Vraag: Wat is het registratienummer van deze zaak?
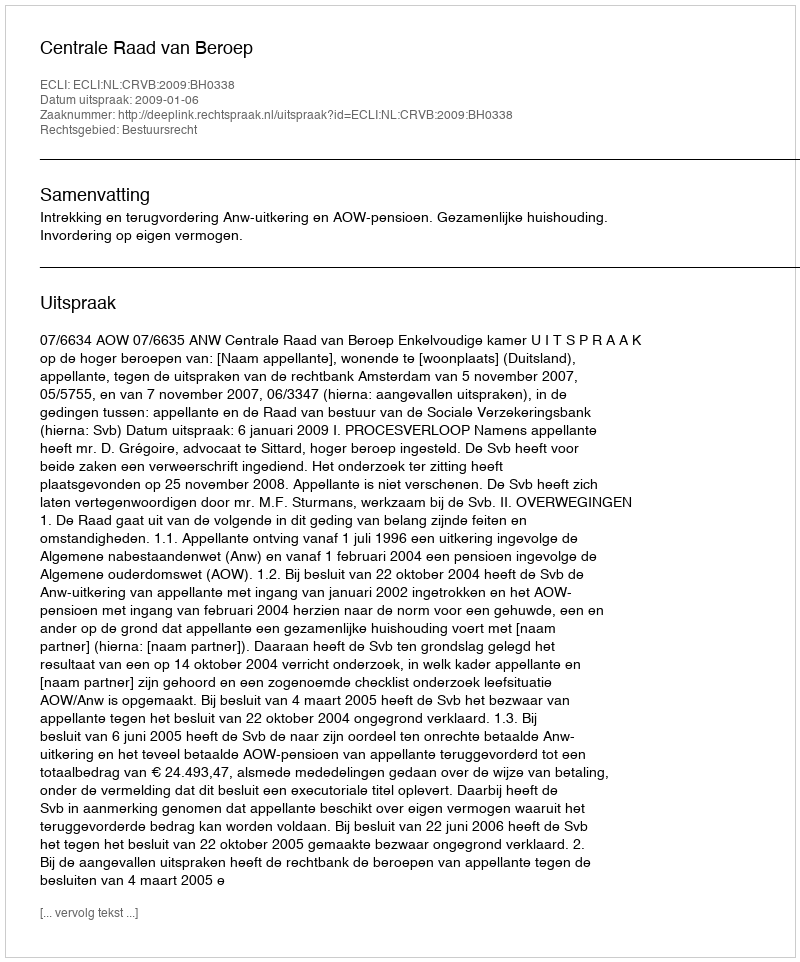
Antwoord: http://deeplink.rechtspraak.nl/uitspraak?id=ECLI:NL:CRVB:2009:BH0338